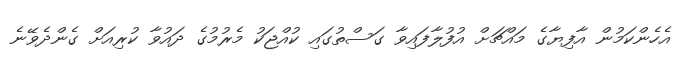
އެހެންކަމުން އާފިޔާގެ މައްޗަށް އުފުލާފައިވާ ގަސްތުގައި ކުއްޖަކު މެރުމުގެ ދައުވާ ކުރިއަށް ގެންދެވޭނެ